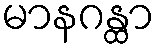
မာနဂန္ထာ